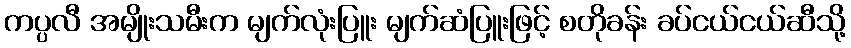
ကပ္ပလီ အမျိုးသမီးက မျက်လုံးပြူး မျက်ဆံပြူးဖြင့် စတိုခန်း ခပ်ငယ်ငယ်ဆီသို့